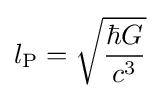
l_{\text{P}}={\sqrt {\frac {\hbar G}{c^{3}}}}